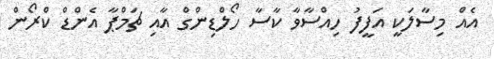
އެއް މިސާލަކީ އަފީފު ހިއްސާވާ ކާސާ ހޯލްޑިންގް އާއި ޗަމްޕާ އެންޑް ކްރޯން